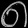
Digit: ၈